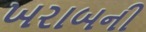
ખરાબની